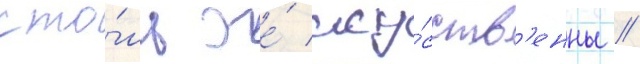
сто́ль же́ иску́сств'енны /